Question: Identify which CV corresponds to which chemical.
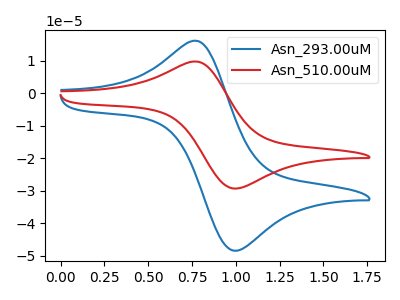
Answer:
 <answer>The blue curve is labeled "Asn_293.00uM". The red curve is labeled "Asn_510.00uM".</answer>
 <eval></eval>